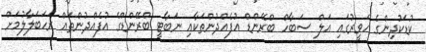
ކުޑަކުދިންގެ ހަވީރުގައި އަލް ސަބާހް ބްރޭންޑް އުފެއްދުންތަކާއި ނަބާޓީ ބްރޭންޑްގެ އުފެއްދުންތައް ރަހަބަލާލުމަށް